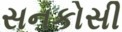
સનકોસી